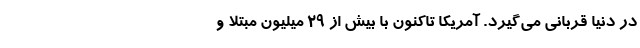
در دنیا قربانی می‌گیرد. آمریکا تاکنون با بیش از ۲۹ میلیون مبتلا و